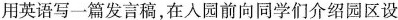
用英语写一篇发言稿，在入园前向同学们介绍园区设